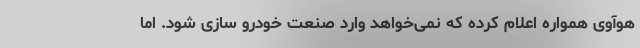
هوآوی همواره اعلام کرده که نمی‌خواهد وارد صنعت خودرو سازی شود. اما